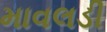
માવલડી